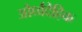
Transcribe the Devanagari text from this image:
और्ध्वदैहिक